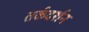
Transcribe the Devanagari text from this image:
तर्कदर्शन